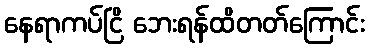
နေရာကပ်ငြိ ဘေးရန်ထိတတ်ကြောင်း